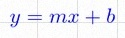
y=mx+b